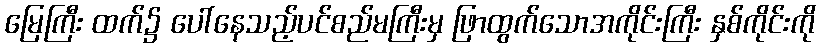
မြေကြီး ထက်၌ ပေါ်နေသည့်ပင်စည်မကြီးမှ ဖြာထွက်သောအကိုင်းကြီး နှစ်ကိုင်းကို